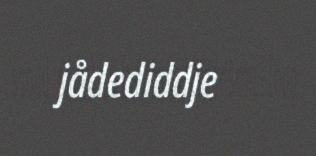
jådediddje